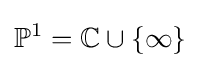
\mathbb {P} ^{1}=\mathbb {C} \cup \{\infty \}